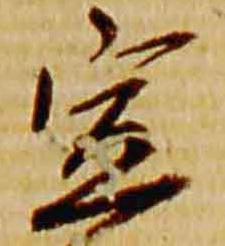
宣